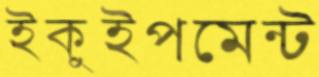
ইকুইপমেন্ট